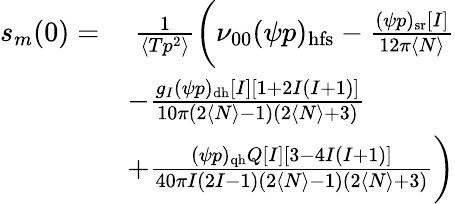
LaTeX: \begin{array}{rl}{s_{m}(0)=}&{~\frac{1}{\langle Tp^{2}\rangle}\bigg(\nu_{00}(\psi p)_{\mathrm{hfs}}-\frac{(\psi p)_{\mathrm{sr}}[I]}{12\pi\langle N\rangle}}\\ &{-\frac{g_{I}(\psi p)_{\mathrm{dh}}[I][1+2I(I+1)]}{10\pi(2\langle N\rangle-1)(2\langle N\rangle+3)}}\\ &{+\frac{(\psi p)_{\mathrm{qh}}Q[I][3-4I(I+1)]}{40\pi I(2I-1)(2\langle N\rangle-1)(2\langle N\rangle+3)}\bigg)}\end{array}